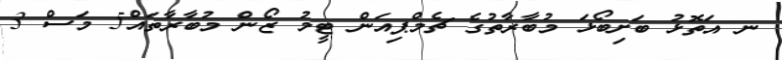
ނ އަތޮޅު ބަށިބޯޅަ މުބާރާތުގެ ޗެމްޕިއަން ޓީމު ޒޯން މުބާރާތައް5 މަސް 3